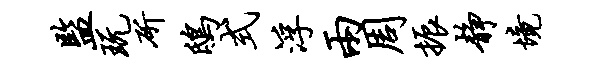
监玩斫鸱式浮两周振静境